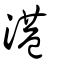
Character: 港